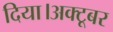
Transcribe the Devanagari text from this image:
दिया।अक्टूबर